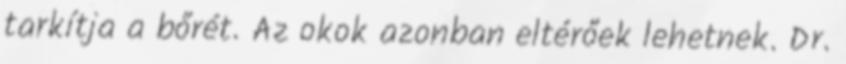
tarkítja a bőrét. Az okok azonban eltérőek lehetnek. Dr.